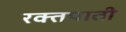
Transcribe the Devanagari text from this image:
रक्तपाती